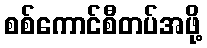
စစ်ကောင်စီတပ်အဖို့